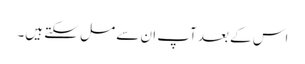
اس کے بعد آپ ان سے مل سکتے ہیں۔